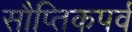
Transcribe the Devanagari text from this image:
सौप्तिकपर्व